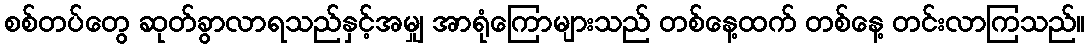
စစ်တပ်တွေ ဆုတ်ခွာလာရသည်နှင့်အမျှ အာရုံကြောများသည် တစ်နေ့ထက် တစ်နေ့ တင်းလာကြသည်။